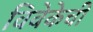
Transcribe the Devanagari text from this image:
विवेकेची